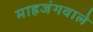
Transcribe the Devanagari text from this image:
माहजंगवाले